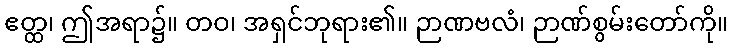
ဧတ္ထ၊ ဤအရာ၌။ တဝ၊ အရှင်ဘုရား၏။ ဉာဏဗလံ၊ ဉာဏ်စွမ်းတော်ကို။